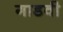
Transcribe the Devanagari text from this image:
गाडवी